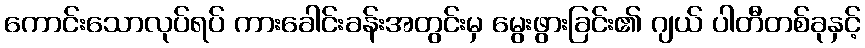
ကောင်းသောလုပ်ရပ် ကားခေါင်းခန်းအတွင်းမှ မွေးဖွားခြင်း၏ ဂျယ် ပါတီတစ်ခုနှင့်